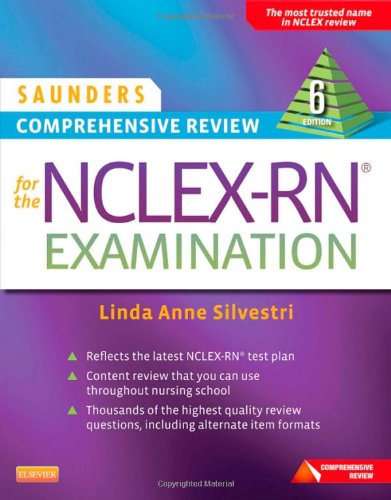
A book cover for Saunders Comprehensive Review for the NCLEX-RNÂ® Examination, 6e (Saunders Comprehensive Review for Nclex-Rn); Linda Anne Silvestri PhD  RN; Test Preparation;